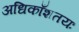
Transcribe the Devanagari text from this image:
अधिकाँशतयः